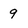
Character: 9